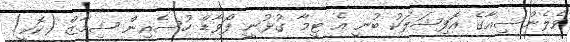
ވެލެންސިއާގެ އޮފިޝަލަކު ބުނީ އެ ޓީމާ ގުޅުނީ ފޯވާޑް ހުސެއިން ޝިމާޒް (ކޮކީ)